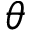
\theta